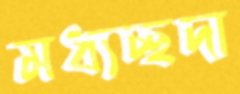
মধ্যচ্ছদা